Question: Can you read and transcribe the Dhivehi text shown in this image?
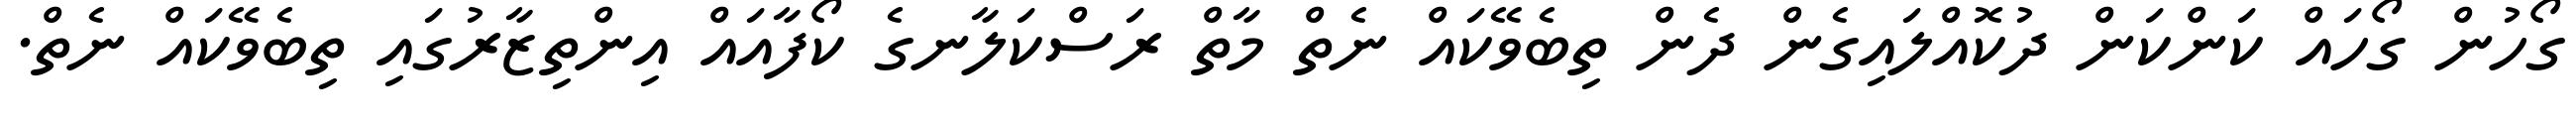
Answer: ގޯހުން ގޯހައް ކަންކަން ދުކޮއްލައިގެން ދެން ތިބެވޭކައް ނެތް މާތް ރަސްކަލާނގެ ކޯފާއައް އިންތިޒާރުގައި ތިބެވޭކައް ނެތް.